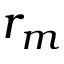
r _ { m }